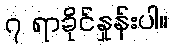
၇ ရာခိုင်နှုန်းပါ။